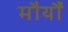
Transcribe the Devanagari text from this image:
मौर्यौं